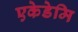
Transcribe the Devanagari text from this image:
एकेडेमि